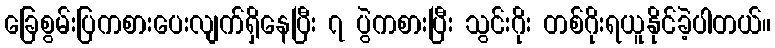
ခြေစွမ်းပြကစားပေးလျက်ရှိနေပြီး ၇ ပွဲကစားပြီး သွင်းဂိုး တစ်ဂိုးရယူနိုင်ခဲ့ပါတယ်။